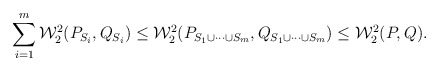
\begin{align*}\sum_{i=1}^m \mathcal{W}_2^2(P_{S_i},Q_{S_i}) \le \mathcal{W}_2^2(P_{S_1 \cup \cdots \cup S_m},Q_{S_1 \cup \cdots \cup S_m}) \le \mathcal{W}_2^2(P,Q).\end{align*}